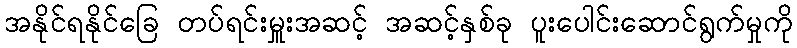
အနိုင်ရနိုင်ခြေ တပ်ရင်းမှူးအဆင့် အဆင့်နှစ်ခု ပူးပေါင်းဆောင်ရွက်မှုကို